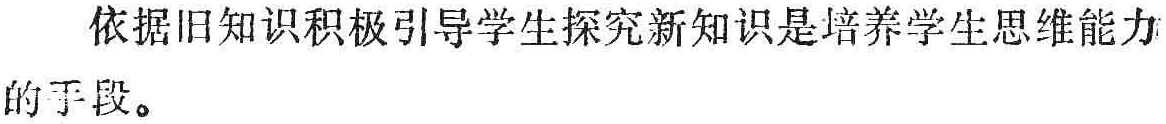
依据旧知识积极引导学生探究新知识是培养学生思维能力的手段。